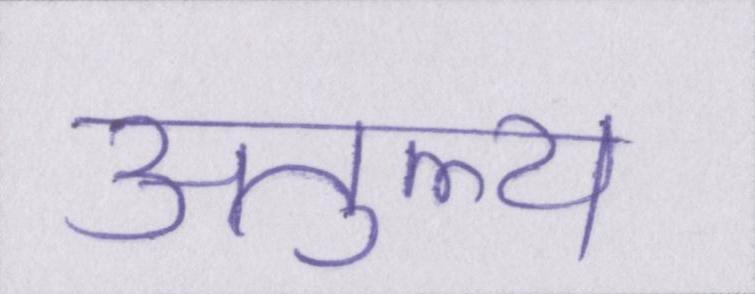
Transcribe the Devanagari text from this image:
अतुल्य